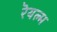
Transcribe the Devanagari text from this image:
रॆयल्म